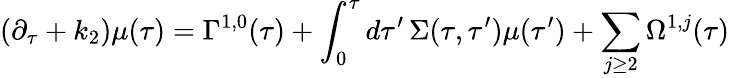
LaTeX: {}(\partial_{\tau}+k_{2})\mu(\tau)=\Gamma^{1,0}(\tau)+\int_{0}^{\tau}d\tau^{\prime}\, \Sigma(\tau,\tau^{\prime})\mu(\tau^{\prime})+\sum_{j\geq 2}\Omega^{1,j}(\tau)